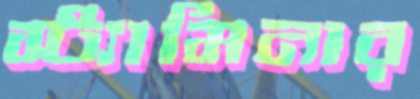
স্ট্যামিনার